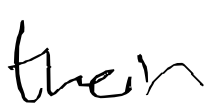
Text: their
Cross-out: clean
Writing tool: digital_black